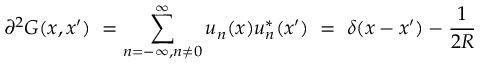
{ \partial } ^ { 2 } G ( x , x ^ { \prime } ) \; = \sum _ { n = - \infty , n \neq 0 } ^ { \infty } u _ { n } ( x ) u _ { n } ^ { * } ( x ^ { \prime } ) \; = \; \delta ( x - x ^ { \prime } ) - \frac { 1 } { 2 R }